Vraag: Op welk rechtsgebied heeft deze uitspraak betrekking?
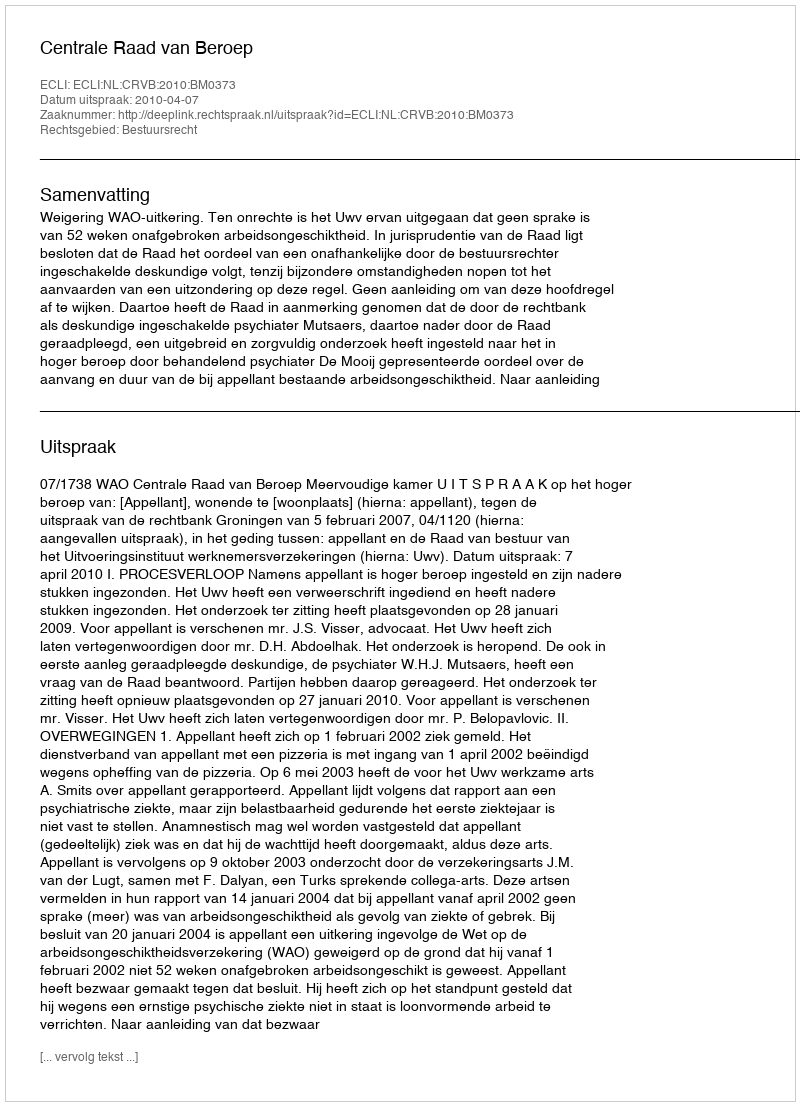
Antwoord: Bestuursrecht